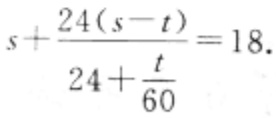
\[s + \frac{24(s - t)}{24+\frac{t}{60}} = 18.\]